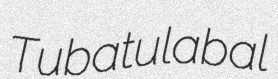
Tubatulabal